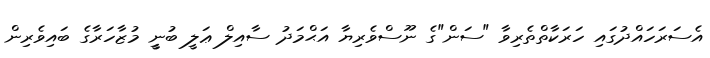
އެސަރަހައްދުގައި ހަރަކާތްތެރިވާ "ސަން"ގެ ނޫސްވެރިޔާ އަޙްމަދު ސާއިލް ޢަލީ ބުނީީ މުޒާހަރާގެ ބައިވެރިން